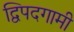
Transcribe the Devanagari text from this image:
द्विपदगामी